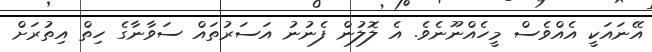
އޭނައަކީ އެއްވެސް މީހެއްނޫނެވެ. އެ ލޮލުން ފެނުނު އަސަރުތައް ސަވާނާގެ ހިތް އިތުރަށް